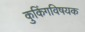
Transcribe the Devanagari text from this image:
कुकिंगविषयक